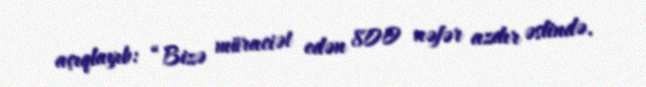
açıqlayıb: “Bizə müraciət edən 800 nəfər azdır əslində.